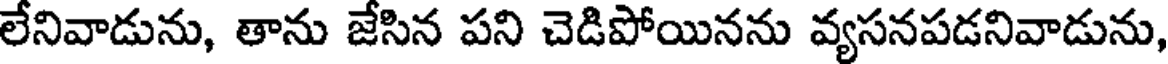
లేనివాడును, తాను జేసిన పని చెడిపోయినను వ్యసనపడనివాడును,